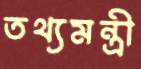
তথ্যমন্ত্রী